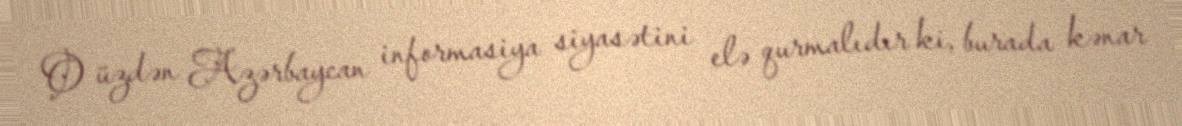
O üzdən Azərbaycan informasiya siyasətini elə qurmalıdır ki, burada kənar